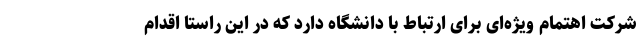
شرکت اهتمام ویژه‌ای برای ارتباط با دانشگاه دارد که در این راستا اقدام